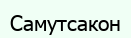
Самутсакон